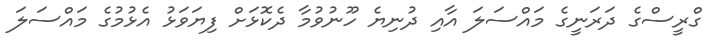
ގްރީސްގެ ދަރަނީގެ މައްސަލަ އާއި ދުނިޔެ ހޫނުވުމާ ދެކޮޅަށް ފިޔަވަޅު އެޅުމުގެ މައްސަލަ